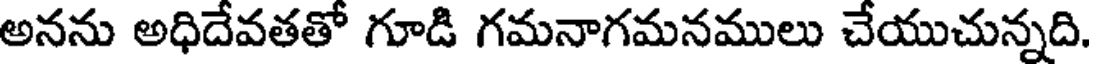
అనను అధిదేవతతో గూడి గమనాగమనములు చేయుచున్నది